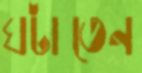
ঘটাতেন